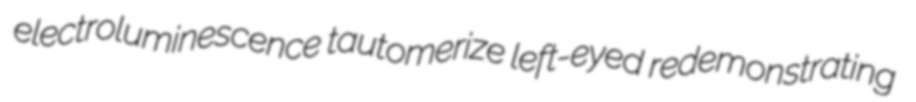
electroluminescence tautomerize left-eyed redemonstrating